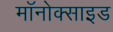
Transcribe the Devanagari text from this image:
मॉनोक्साइड